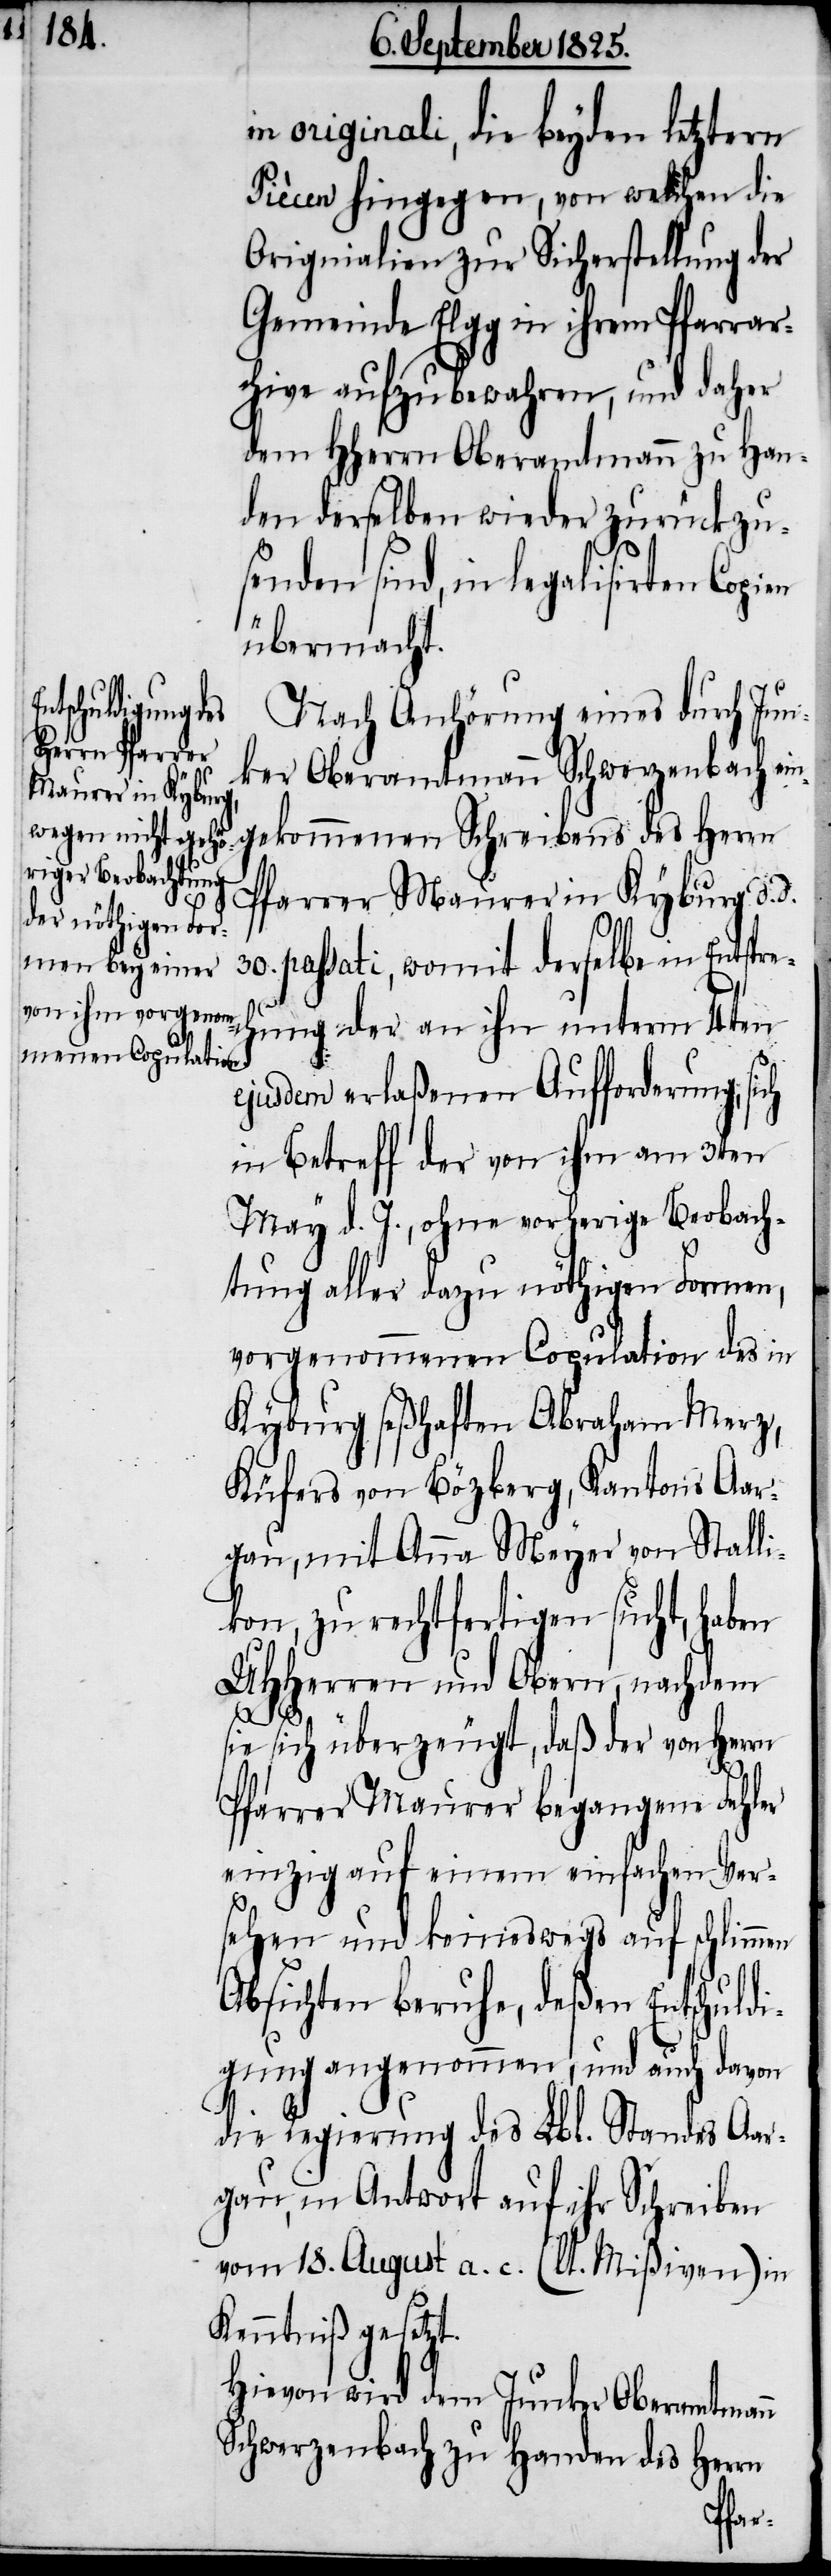
in originali, die beyden letztern
Piècen hingegen, von welchen die
Originalien zur Sicherstellung der
Gemeinde Elgg in ihrem Pfarrar¬
chive aufzubewahren, und daher
dem HHerrn Oberamtmann zu Han¬
den dieselben wieder zurückzu¬
senden sind, in legalisirten Copi¬
en
übermacht.
Nach Anhörung eines durch Jun¬
ker Oberamtmann Schwerzenbach ein¬
gekommenen Schreibens des Herrn
Pfarrer Maurer in Kyburg d.
passati, womit derselbe in Entspre¬
chung der an ihn unterm 4ten
ejusdem erlaßenen Aufforderung; sich
in Betreff der von ihm am 3ten
May d. J., ohne vorherige Beobach¬
tung aller dazu nöthigen Formen,
vorgenommenen Copulation des in
Kyburg seßhaften Abraham Merz,
Küfers von Bözeberg, Kantons Aar¬
gau, mit Anna Meyer von Stalli¬
kon, zu rechtfertigen sucht, haben
UHHerren und Obern, nachdem
sie sich überzeugt, daß der von Herrn
Pfarrer Maurer begangene Fehler
einzig auf einem einfachen Ver¬
sehen und keineswegs auf schlimmen
Absichten beruhe, deßen Entschuldi¬
gung angenommen, und auch davon
die Regierung des Lbl. Standes Aar¬
gau, in Antwort auf ihr Schreiben
vom 18. August a. c. (lt. Mißiven) in
Kenntniß gesetzt.
Hievon wird dem Junker Oberamtmann
Schwerzenbach zu Handen des Herrn